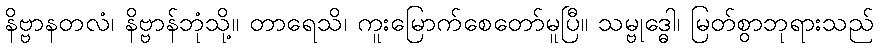
နိဗ္ဗာနတလံ၊ နိဗ္ဗာန်ဘုံသို့။ တာရေသိ၊ ကူးမြောက်စေတော်မူပြီ။ သမ္ဗုဒ္ဓေါ၊ မြတ်စွာဘုရားသည်